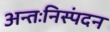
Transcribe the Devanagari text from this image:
अन्तःनिस्पंदन